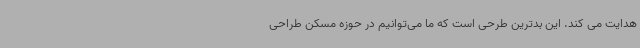
هدایت می کند. این بدترین طرحی است که ما می‌توانیم در حوزه مسکن طراحی